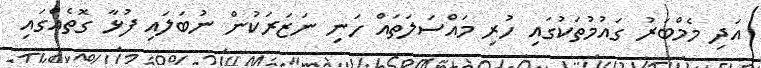
އަދި މެމްބަރު ގައުމުތަކުގައި ހުރި މައްސަލަތައް ހަނި ނަޒަރަކުން ނުބަލައި ފުޅާ ގޮތެއްގައި